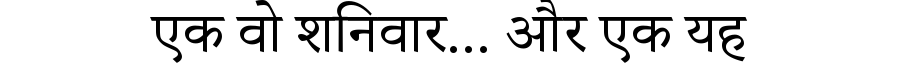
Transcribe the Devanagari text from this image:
एक वो शनिवार... और एक यह